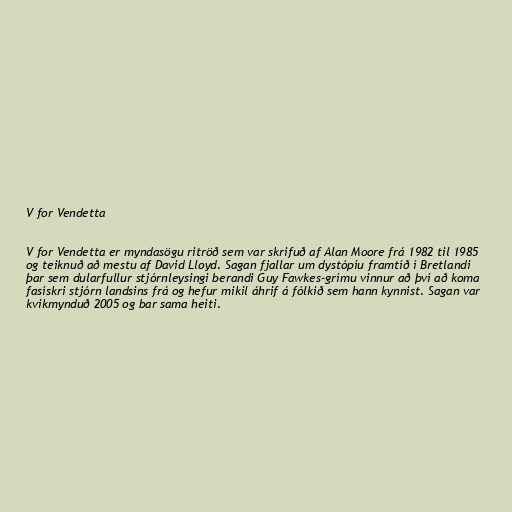
V for Vendetta

V for Vendetta er myndasögu ritröð sem var skrifuð af Alan Moore frá 1982 til 1985
og teiknuð að mestu af David Lloyd. Sagan fjallar um dystópíu framtíð í Bretlandi
þar sem dularfullur stjórnleysingi berandi Guy Fawkes-grímu vinnur að því að koma
fasískri stjórn landsins frá og hefur mikil áhrif á fólkið sem hann kynnist. Sagan var
kvikmynduð 2005 og bar sama heiti.